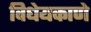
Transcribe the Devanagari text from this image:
विधेयकाणे